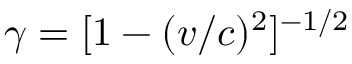
\gamma = [ 1 - ( v / c ) ^ { 2 } ] ^ { - 1 / 2 }